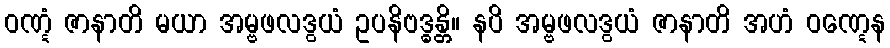
ဝဏ္ဋံ ဇာနာတိ မယာ အမ္ဗဖလဒွယံ ဥပနိဗဒ္ဓန္တိ။ နပိ အမ္ဗဖလဒွယံ ဇာနာတိ အဟံ ဝဏ္ဋေန